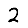
Digit: 2